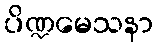
ပိဏ္ဍမေသနာ